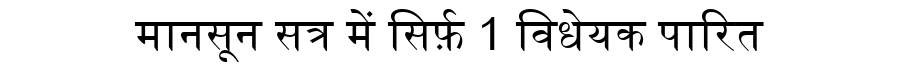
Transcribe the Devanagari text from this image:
मानसून सत्र में सिर्फ़ 1 विधेयक पारित